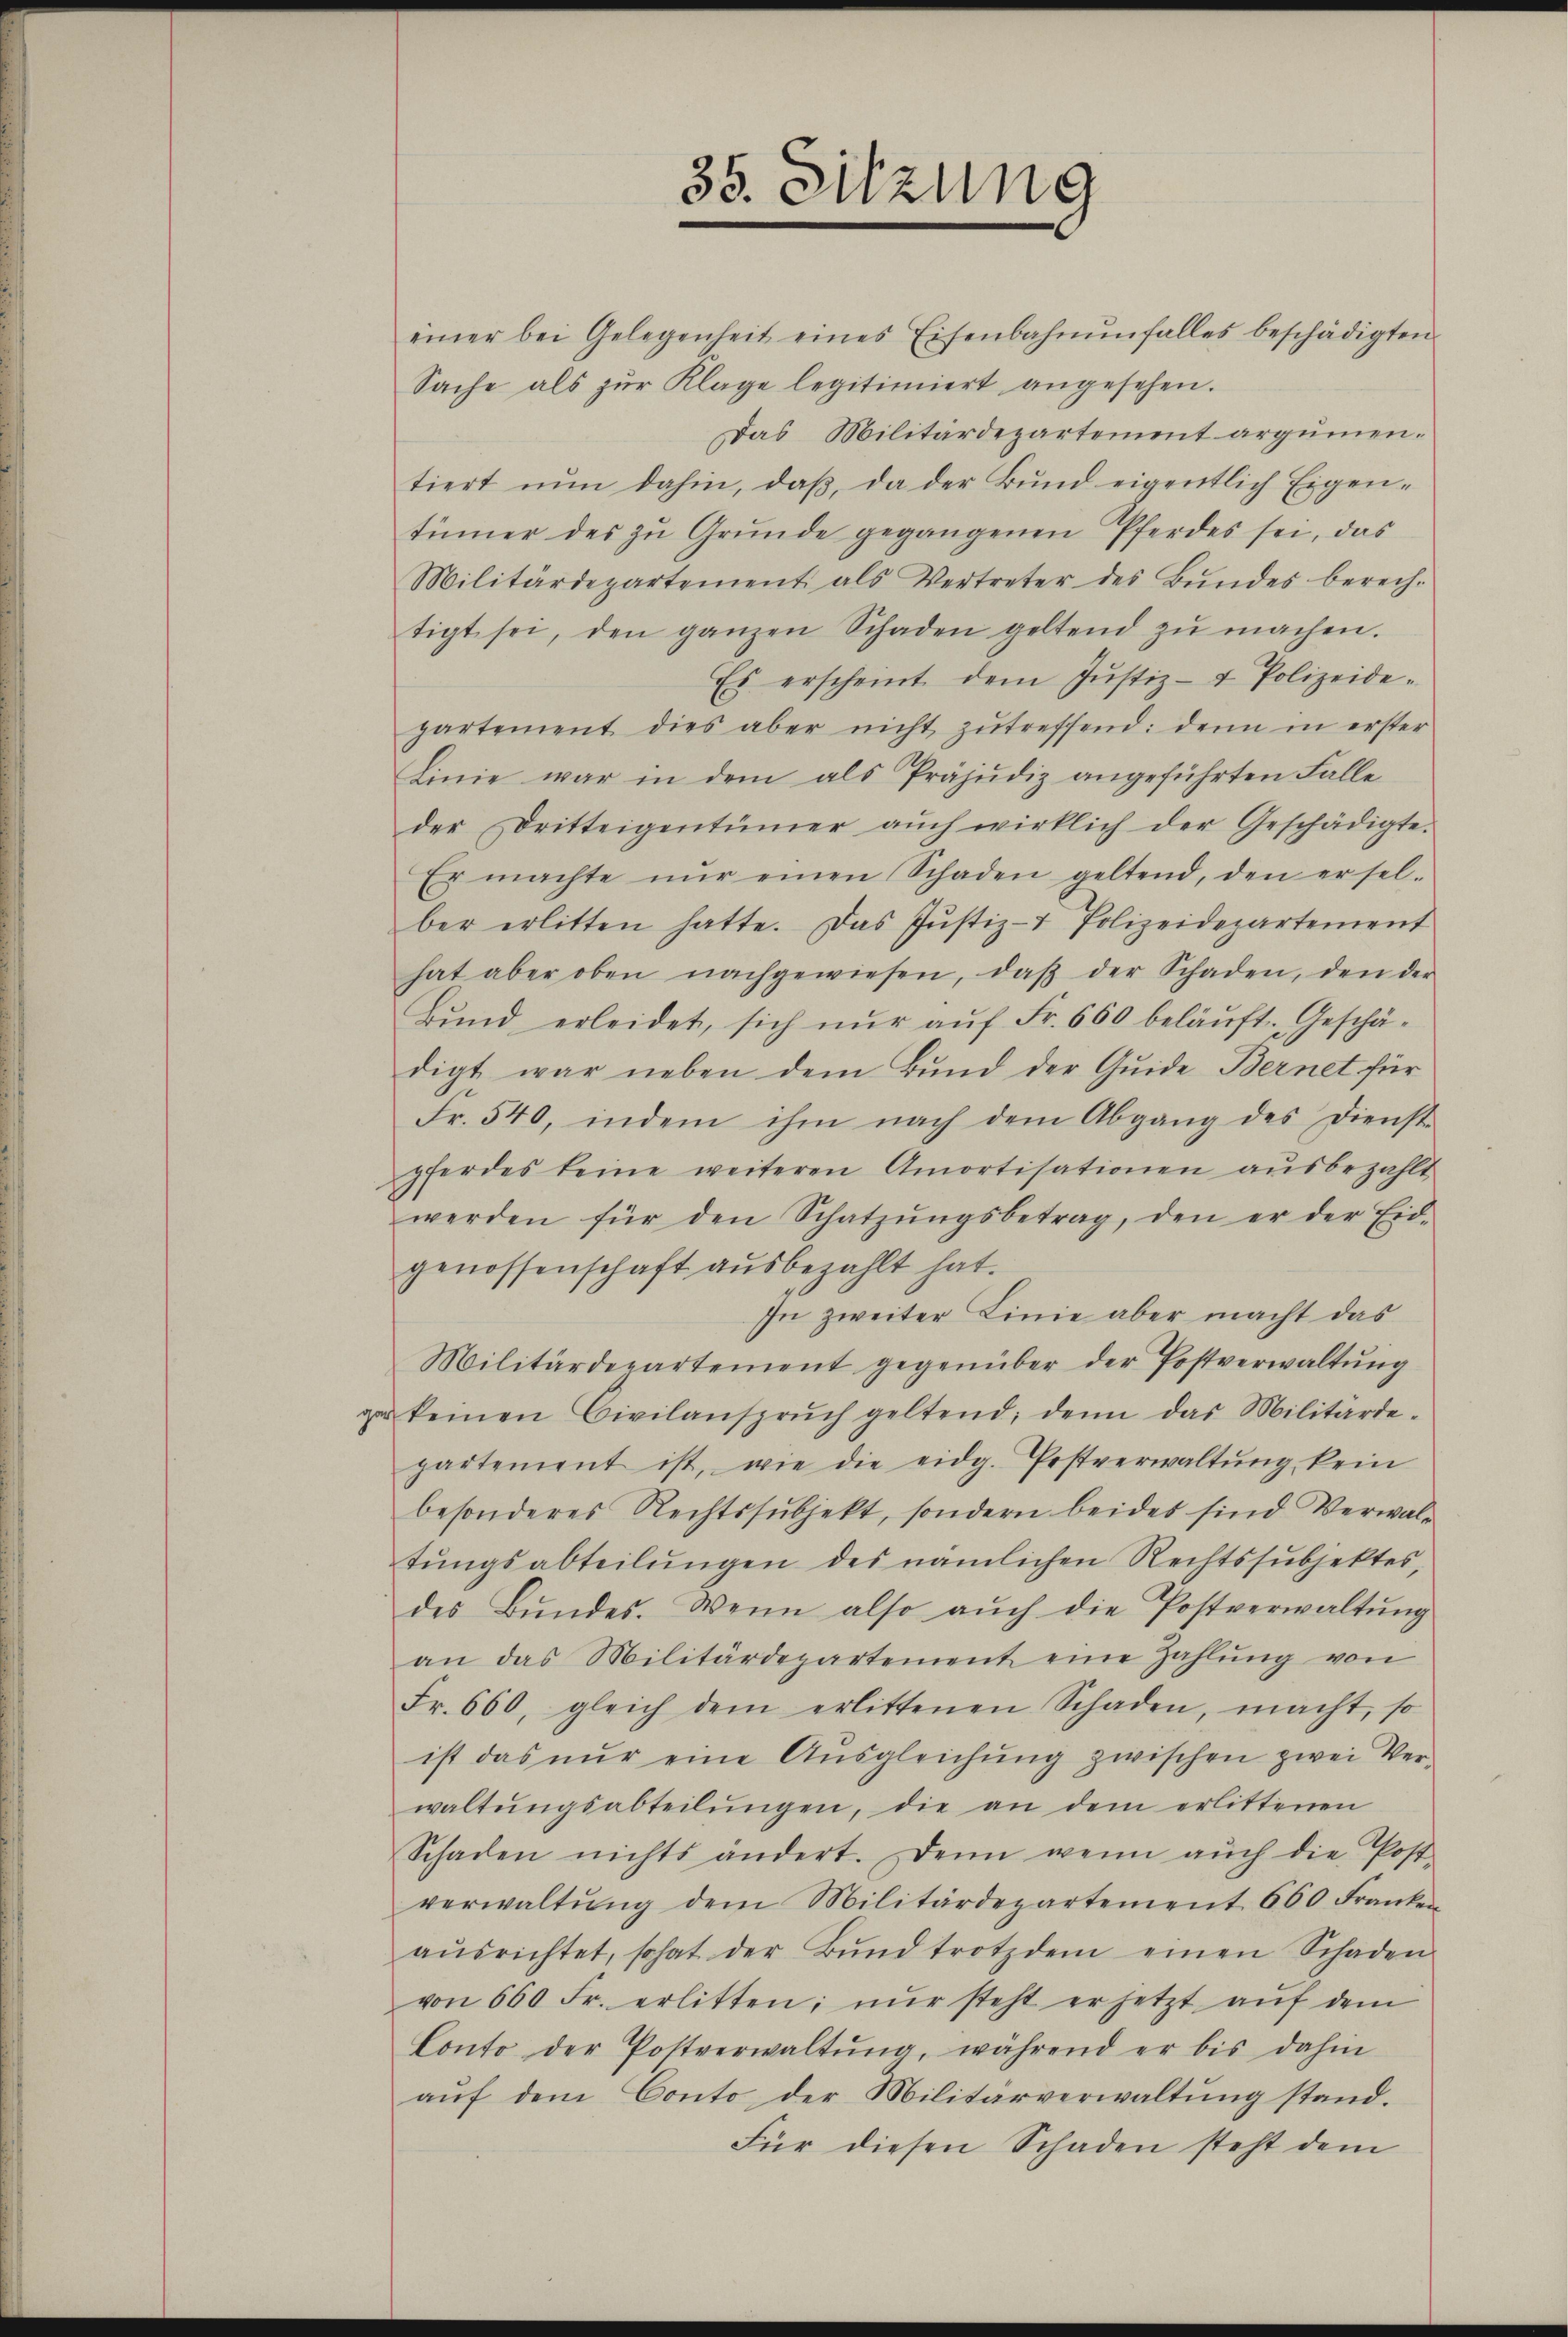
35. Sitzung

einer bei Gelegenheit eines Eisenbahnŭnfalles beschädigten
Sache als zŭr Klage legitimiert angesehen.
Das Militärdepartement argumentiert nŭn dahin, daβ, da der Bŭnd eigentlich Eigen-
tümer des zŭ Grŭnde gegangenen Pferdes sei, das
Militärdepartement als Vertreter des Bŭndes berech-
tigt sei, den ganzen Schaden geltend zŭ machen.
Es erscheint dem Jŭstiz- & Polizeide-
partement dies aber nicht zŭtreffend: denn in erster
Linie war in dem als Präjudiz angeführten Falle
der Dritteigentümer aŭch wirklich der Geschädigte.
Er machte nŭr einen Schaden geltend, den ersel-
ber erlitten hatte. Das Jŭstiz- Polizeidepartement
hat aber oben nachgewiesen, daβ der Schaden, den der
Bŭnd erleidet, sich nŭr aŭf Fr. 660 beläŭft. Geschä-
digt war neben dem Bund der Guide Bernet für
Fr. 540, indem ihm nach dem Abgang des Dienste
pferdes keine weiteren Amortisationen aŭsbezahlt
werden für den Schatzŭngsbetrag, den er der Eid-
genossenschaft ausbezahlt hat.
In zweiter Linie aber macht das
Militärdepartement gegenüber der Postverwaltŭng
ze keinen Civilansprŭch geltend; denn das Militärde-
partement ist, wie die eidg. Postverwaltŭng kein
besonderes Rechtssubjekt, sondern beides sind Verwaltŭngsabteilŭngen des nämlichen Rechtssubjektes,
des Bŭndes. Wenn also aŭch die Postverwaltŭng
an das Militärdepartement eine Zahlŭng von
Fr. 660, gleich dem erlittenen Schaden, macht, so
ist das nŭr eine Aŭsgleichŭng zwischen zwei Ver-
waltŭngsabteilŭngen, die an dem erlittenen
Schaden nichts ändert. Denn wenn aŭch die Post-
verwaltŭng dem Militärdepartement. 660 Franke
aŭsrichtet, so hat der Bŭnd trotzdem einen Schaden
von 660 Fr. erlitten; nŭr steht er jetzt aŭf dem
Conto der Postverwaltŭng, während er bis dahin
aŭf dem Conto der Militärverwaltŭng stand.
Für diesen Schaden steht dem